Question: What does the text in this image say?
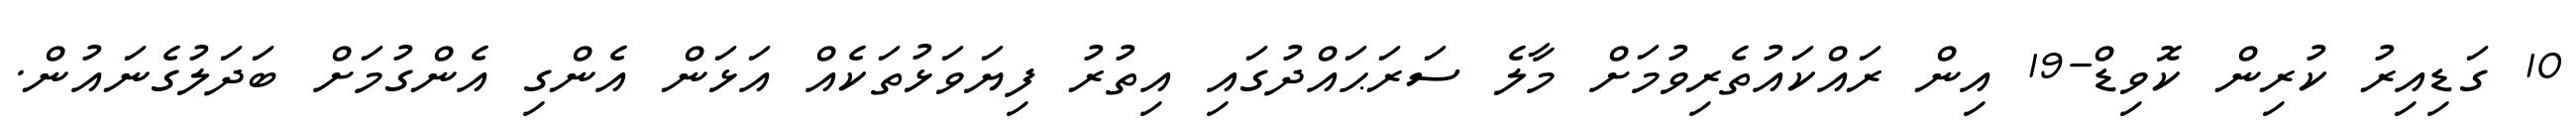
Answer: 10 ގަޑިއިރު ކުރިން ކޮވިޑް-19 އިން ރައްކައުތެރިވުމަށް މާލެ ސަރަޙައްދުގައި އިތުރު ފިޔަވަޅުތަކެއް އަޅަން އެންގި އެންގުމަށް ބަދަލުގެނައުން.